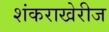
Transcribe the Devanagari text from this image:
शंकराखेरीज